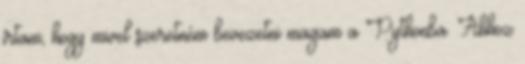
írtam, hogy mivel szeretném bevezetni magam a Pythonba. Ahhoz